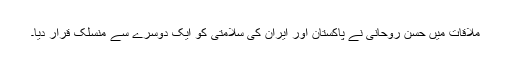
ملاقات میں حسن روحانی نے پاکستان اور ایران کی سلامتی کو ایک دوسرے سے منسلک قرار دیا۔